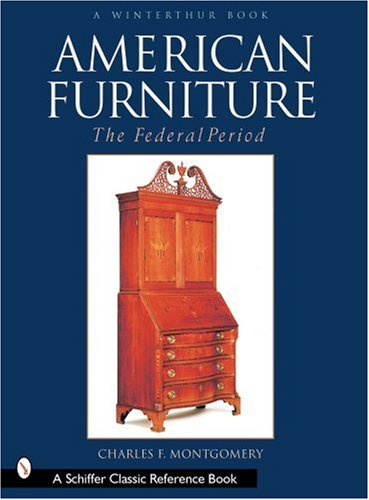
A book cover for American Furniture: The Federal Period in the Henry Francis Du Pont Winterthur Museum (Winterthur Book); Charles F. Montgomery; Crafts, Hobbies & Home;